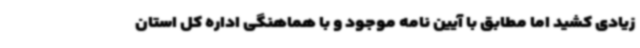
زیادی کشید اما مطابق با آیین نامه موجود و با هماهنگی اداره کل استان